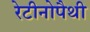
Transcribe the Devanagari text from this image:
रेटीनोपैथी